Martna_vallavalitsus, lk 20
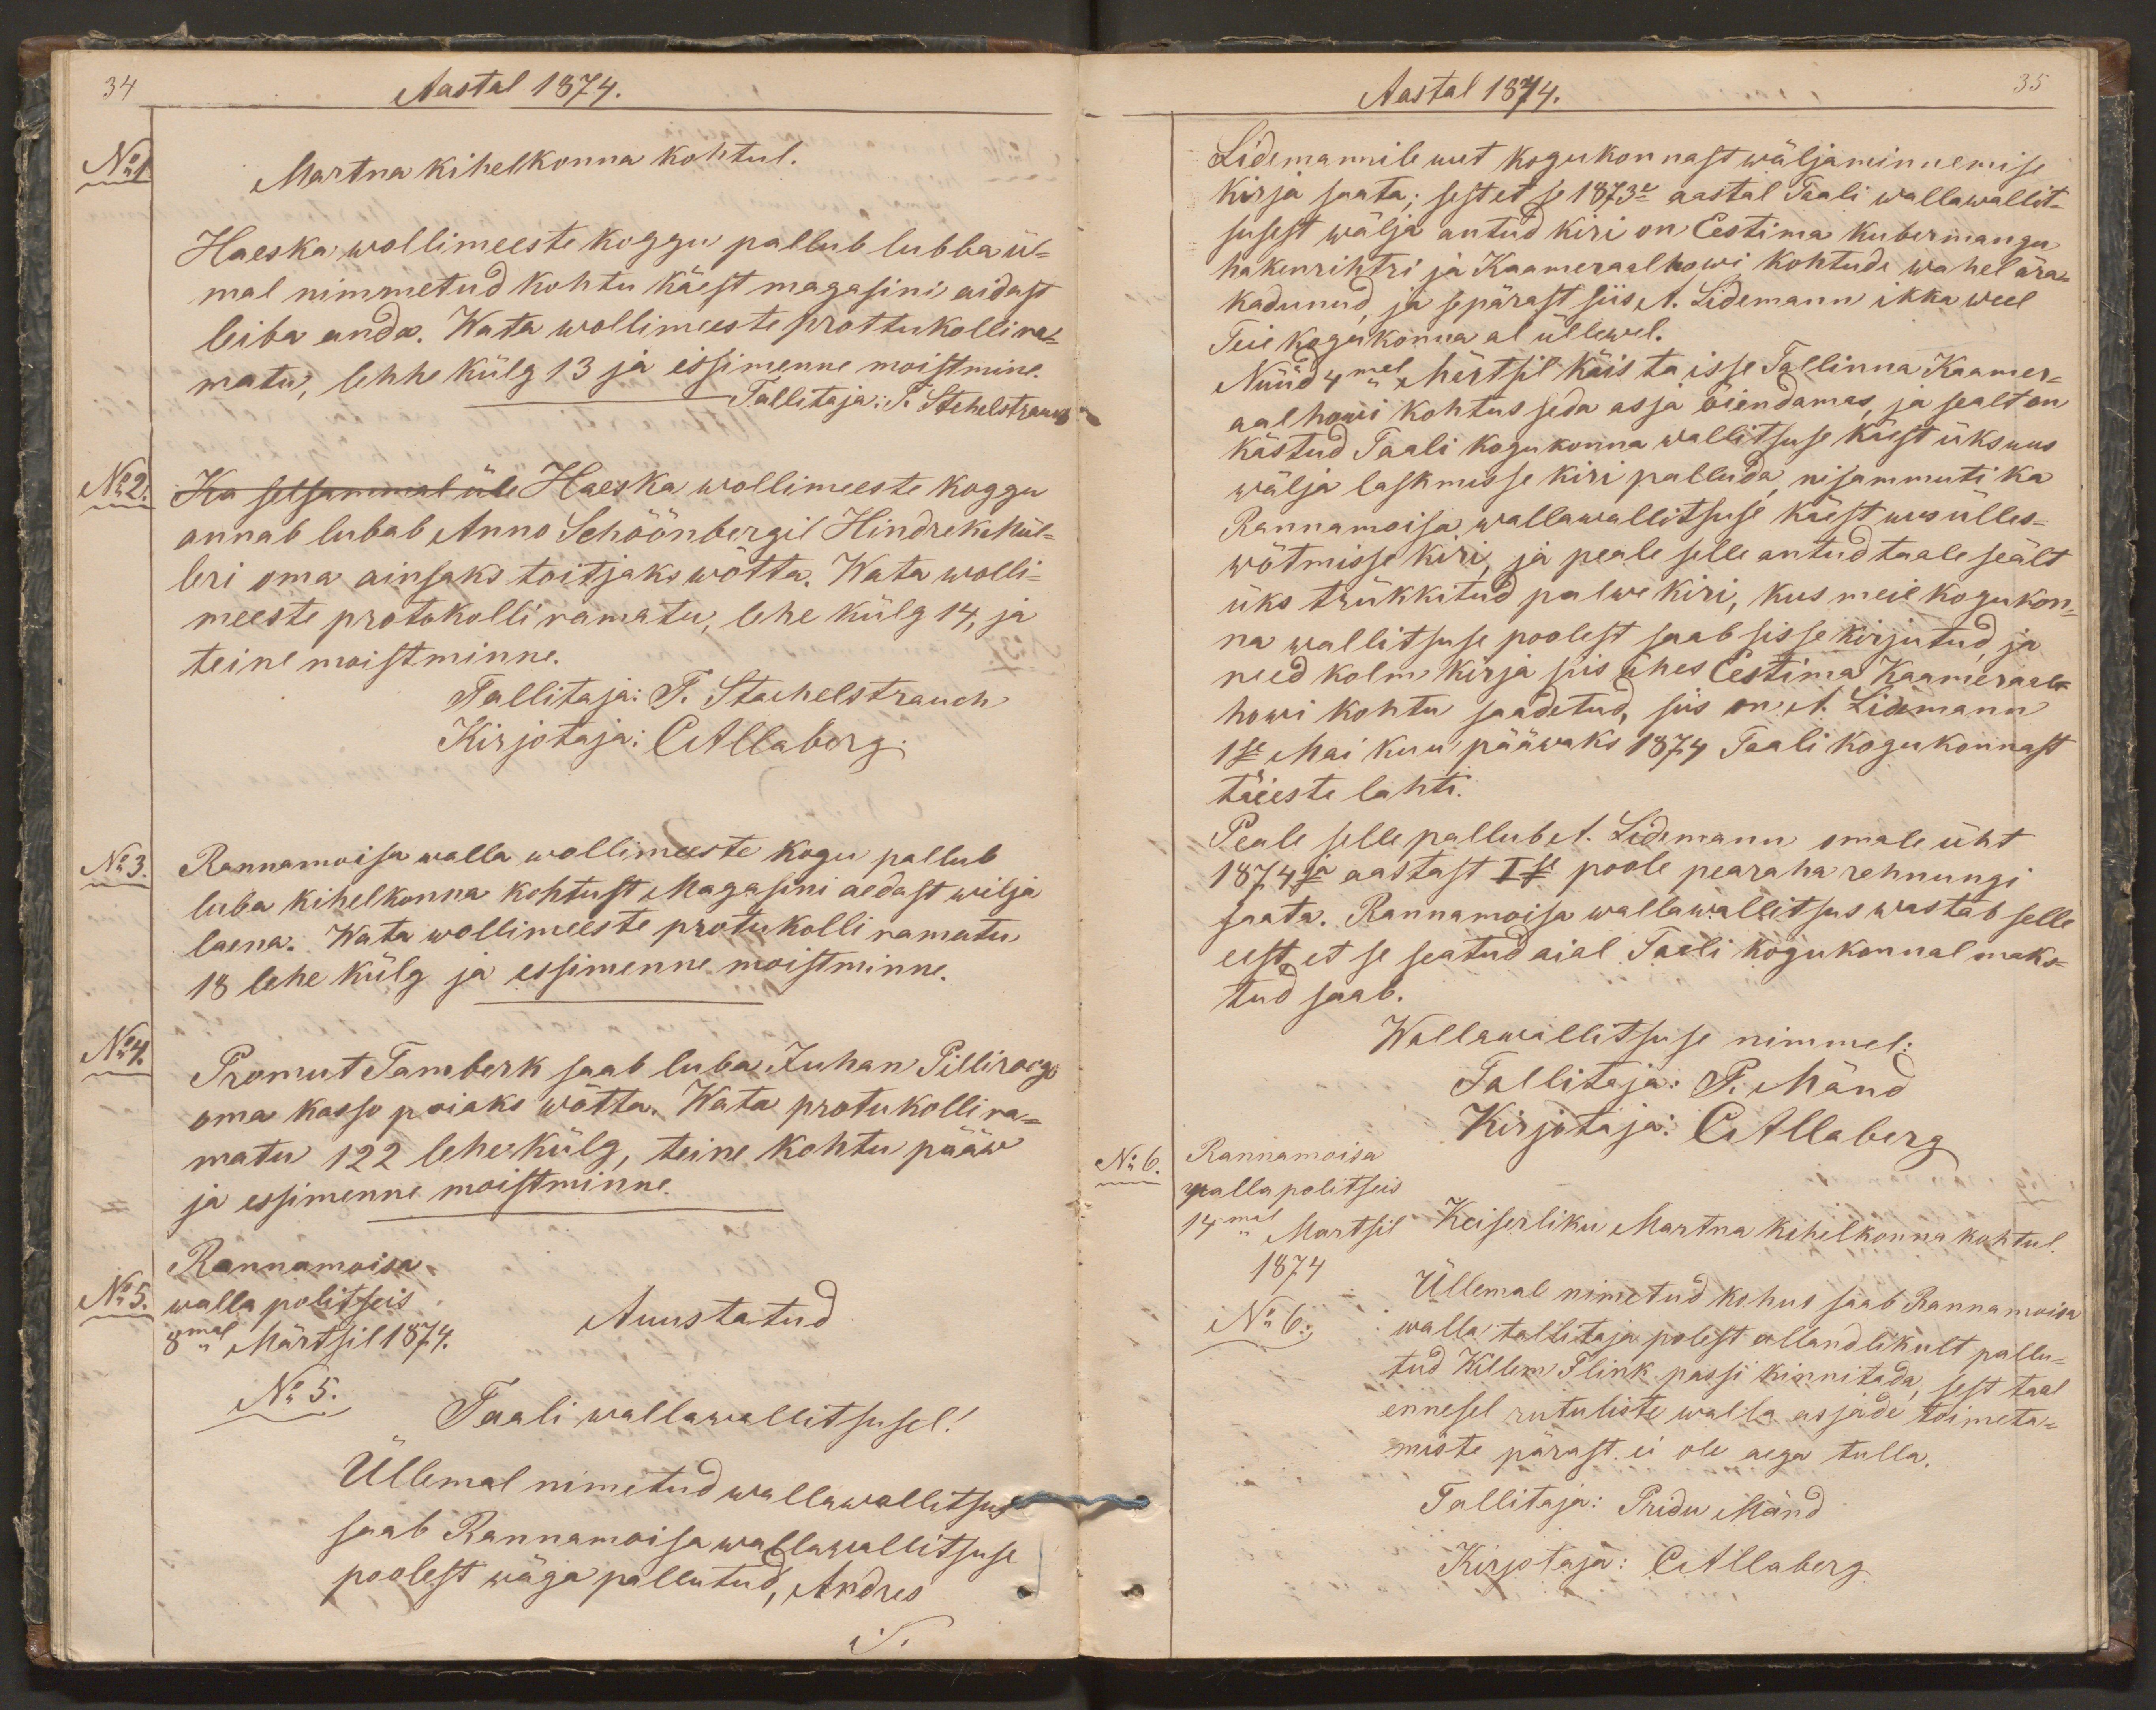
Aastal 1874.
No1.
Martna kihelkonna kohtul.
Haeska wollimeeste koggu pallub lubba ül-
mal nimmetud kohtu käest magasini aidast
leiba anda. Wata wollimeeste prottukolli ra-
matu, lehhe külg 13 ja essimenne moistmine.
Tallitaja: T. Stehelstrauch
No2. Ka selsammal üle Haeska wollimeeste koggu
annab lubab Anno Schöönbergil Hindrek Mül-
leri oma ainsaks toitjaks wõtta. Wata wolli-
meeste protokolli ramatu, lehe külg 14, ja
teine moistminne.
Tallitaja: T. Stachelstrauch
Kirjotaja: CAllaberg.
No 3.
Rannamoisa walla wollimeeste kogu pallub
luba kihelkonna kohtust Magasini aedast wilja
laena. Wata wollimeeste protukolli ramatu,
18 lehe külg ja essimenne moistminne.
No4.
Promut Tamberk saab luba Juhan Pilliroogo
oma kasso poiaks wõtta. Wata protukolli ra-
matu 122 lehe külg, teine kohtu pääw
ja essimenne moistminne.
Rannamoisa
No5.
walla politseis
Auustatud
8mal Märtsil 1874.
No 5.
Taali wallawallitsusel!
Üllemal nimetud wallawallitsus
saab Rannamoisa wallawallitsuse
poolest wäga pallutud, Andres

Aastal 1874.
35
Lidemannile uut kogukonnast wäljaminnemise
kirja saata; sest et se 1873e aastal Taali wallawallit-
susest wälja antud kiri on Eestima kubermangu
hakenrihtri ja Kaameraalhowi kohtude wahel ära-
kadunud ja sepärast siis A. Lidemann ikka weel
Teie kogukonna al üllewel.
Nüüd 4mal Märtsil käis ta isse Tallinna Kaamer-
aalhowi kohtus seda asja õiendamas, ja sealt on
kästud Taali kogukonna wallitsuse käest üks uus
wälja laskmisse kiri palluda nisammuti ka
Rannamoisa wallawallitsuse käest uus ülles-
wõtmisse kiri, ja peale selle antud taale seält
üks trükkitud palwe kiri, kus meie kogukon-
na wallitsuse poolest saab sisse kirjutud, ja
need kolm kirja siis ühes Eestima Kaameraal-
howi kohtu saadetud, siis on A. Lidemann
1se Mai kuu pääwaks 1874 Taali kogukonnast
tõieste lahti.
Peale selle pallub A. Lidemann omale üht
1874ja aastast Ise poole pearaha rehnungi
saata. Rannamoisa wallawallitsus wastab selle
eest et se seatud aial Taali kogukonnal maks-
tud saab.
Wallawallitsuse nimmel:
Tallitaja: P. Mänd
No 6.
Rannamoisa
Kirjotaja: CAllaberg
walla politseis
14mal Martsil
Keiserliku Martna kihelkonna kohtul.
1874
No 6.
Üllemal nimetud kohus saab Rannamoisa
walla tallitaja polest allandlikult pallu-
tud Willem Flink passi kinnitada, sest taal
ennesel rutuliste walla asjade toimeta-
miste pärast ei ole aega tulla.
Tallitaja: Pridu Mänd
Kirjotaja: CAllaberg.